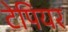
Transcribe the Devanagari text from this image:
टेपियर